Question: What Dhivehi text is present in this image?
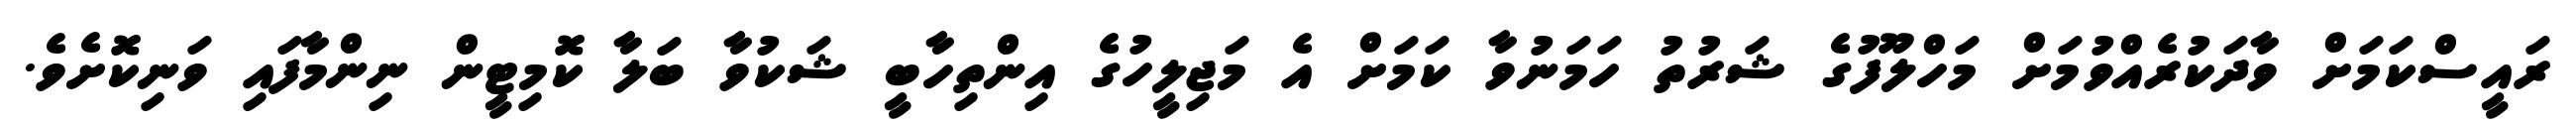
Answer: ރައީސްކަމަށް ވާދަކުރެއްވުމަށް މަހްލޫފުގެ ޝަރުތު ހަމަނުވާ ކަމަށް އެ މަޖިލީހުގެ އިންތިހާބީ ޝަކުވާ ބަލާ ކޮމިޓީން ނިންމާފައި ވަނިކޮށެވެ.